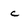
Character: c